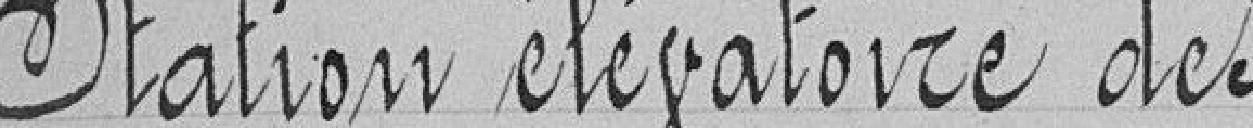
Station élévatoire des